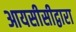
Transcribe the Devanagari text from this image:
आयसीसीद्वारा